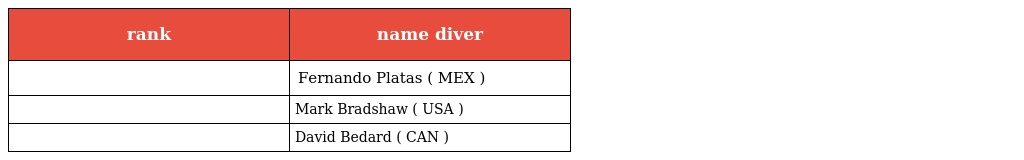
| rank | name diver |
 | --- | --- |
 |  | Fernando Platas ( MEX ) |
 |  | Mark Bradshaw ( USA ) |
 |  | David Bedard ( CAN ) |